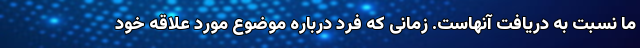
ما نسبت به دریافت آنهاست. زمانی که فرد درباره موضوع مورد علاقه خود